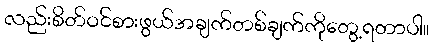
လည်းစိတ်ဝင်စားဖွယ်အချက်တစ်ချက်ကိုတွေ့ရတာပါ။